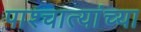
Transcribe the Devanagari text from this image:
पाश्चात्यांच्या